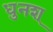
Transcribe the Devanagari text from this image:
धुनश्